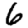
Digit: 6